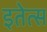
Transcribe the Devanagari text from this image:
इतेत्स